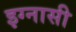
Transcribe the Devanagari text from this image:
इग्नासी